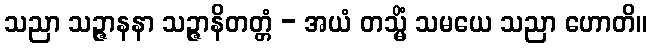
သညာ သဉ္ဇာနနာ သဉ္ဇာနိတတ္တံ - အယံ တသ္မိံ သမယေ သညာ ဟောတိ။